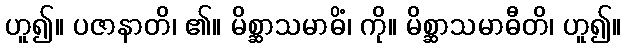
ဟူ၍။ ပဇာနာတိ၊ ၏။ မိစ္ဆာသမာဓိံ၊ ကို။ မိစ္ဆာသမာဓီတိ၊ ဟူ၍။